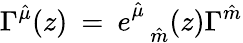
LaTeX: \Gamma^{\hat{\mu}}(z)\: =\: e_{\: \: \: \hat{m}}^{\hat{\mu}}(z)\Gamma^{\hat{m}}